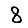
Digit: 8